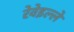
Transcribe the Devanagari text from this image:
रेवेइल्ले